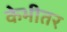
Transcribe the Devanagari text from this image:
केभीतर